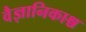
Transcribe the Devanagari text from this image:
वैज्ञानिकाश्च